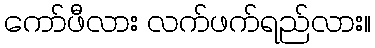
ကော်ဖီလား လက်ဖက်ရည်လား။